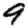
Digit: 9